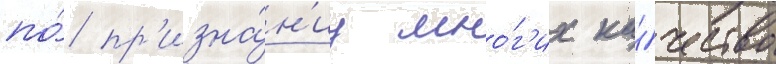
по́ пр'изна́н'иу мно́г'их ка́чество